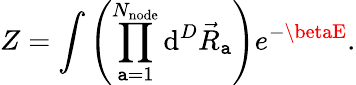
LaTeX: Z=\int{\left(\prod_{\mathtt{a}=1}^{N_{\mathrm{{node}}}}{\mathrm{{d}}^{D}\vec{{R}}_{\mathtt{a}}}\right)e^{-\betaE}}.